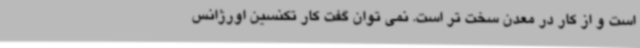
است و از کار در معدن سخت تر است. نمی توان گفت کار تکنسین اورژانس